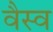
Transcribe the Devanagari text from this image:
वैस्‍व